Report of the Municipal Commissioner on the plague in Bombay for the year ending 31st May... - Volume 1
Disease focus: Plague
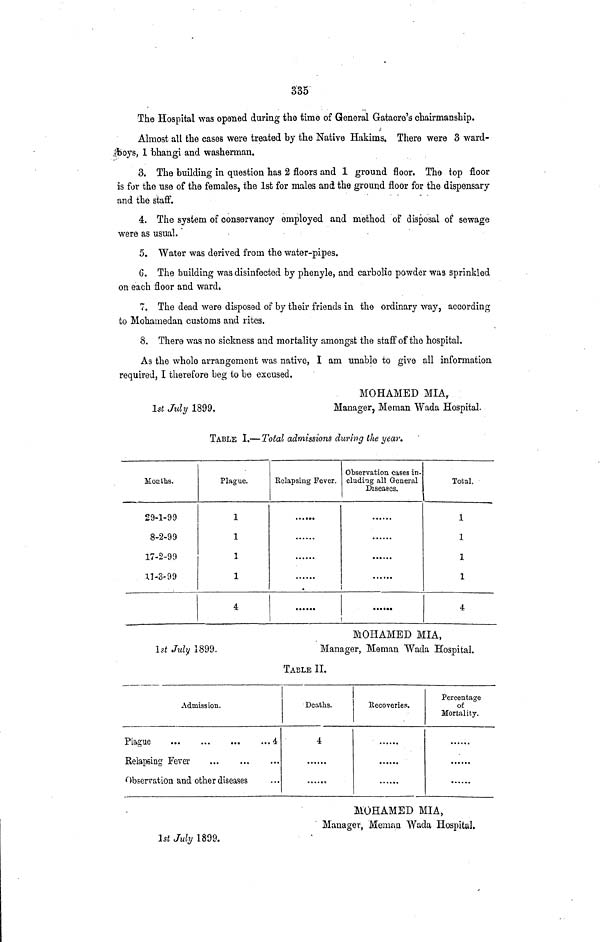
335
The Hospital was opened during the time of General Gatacre's chairmanship.
Almost all the cases were treated by the Native Hakims. There were 3 ward-
boys, 1 bhangi and washerman.
3. The building in question has 2 floors and 1 ground floor. The top floor
is for the use of the females, the 1st for males and the ground floor for the dispensary
and the staff.
4. The system of conservancy employed and method of disposal of sewage
were as usual.
5. Water was derived from the water-pipes.
G. The building was disinfected by phenyle, and carbolic powder was sprinkled
on each floor and ward,
7. The dead were disposed of by their friends in the ordinary way, according
to Mohamedan customs and rites.
8. There was no sickness and mortality amongst the staff of the hospital.
As the whole arrangement was native, I am unable to give all information
required, I therefore beg to be excused.
MOHAMED MIA,
1st July 1899.
Manager, Meman Wada Hospital.
TABLE I.—Total admissions during the year.
Months.
29-1-99
8-2-99
17-2-99
11-3-99
Plague.
1
1
1
1
4
Relapsing Fever.
......
.
......
Observation cases in-
cluding all General
Diseases.
······
Total.
1
1
1
1
4
MOHAMED MIA,
Manager, Meman Wada Hospital.
1st July 1899.
TABLE II.
Plague
Admission.
Relapsing Fever
...
...
Observation and other diseases
...4
...
...
Deaths.
4
Recoveries.
Percentage
of
Mortality.
MOHAMED MIA,
Manager, Meman Wada Hospital.
1st July 1899.